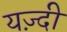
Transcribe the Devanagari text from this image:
यज़्दी